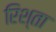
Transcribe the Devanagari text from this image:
रिश्‍ता